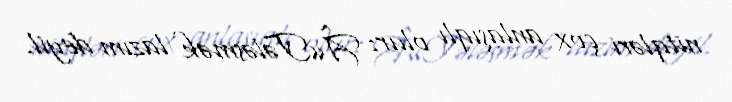
nitqləri çox anlaşıqlı olur: Â«Tələsmək lazım deyil.